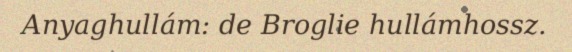
Anyaghullám: de Broglie hullámhossz.